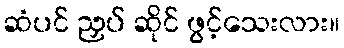
ဆံပင် ညှပ် ဆိုင် ဖွင့်သေးလား။